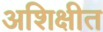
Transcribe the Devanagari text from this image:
अशिक्षीत